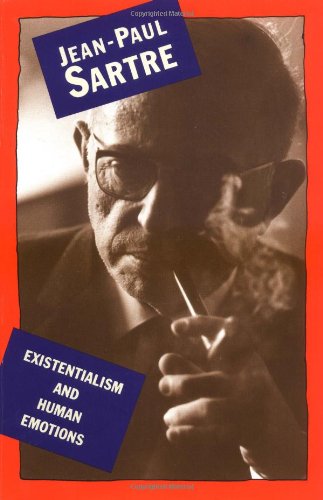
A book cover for Existentialism and Human Emotion (A Philosophical Library Book); Jean-Paul Sartre; Politics & Social Sciences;